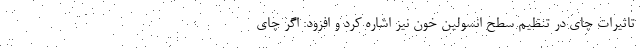
تاثیرات چای در تنظیم سطح انسولین خون نیز اشاره کرد و افزود: اگر چای